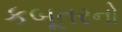
કબૂતરનો